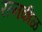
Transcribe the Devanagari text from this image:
रत्नकीळ